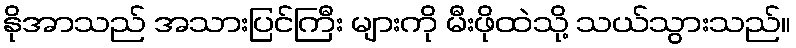
နိုအာသည် အသားပြင်ကြီး များကို မီးဖိုထဲသို့ သယ်သွားသည်။